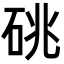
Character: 䂪